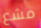
مشع